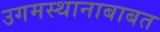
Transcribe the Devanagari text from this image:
उगमस्थानाबाबत